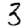
Digit: 3